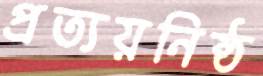
প্রত্যয়নিষ্ঠ